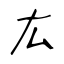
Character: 厷